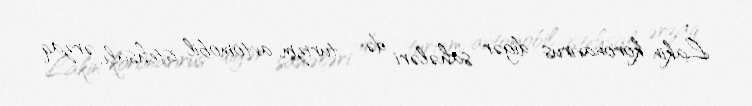
Lakin koronavirus digər sahələri də - turizm, avtomobil istehsalı, ərzaq